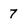
Character: 7